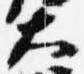
大